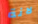
لانة